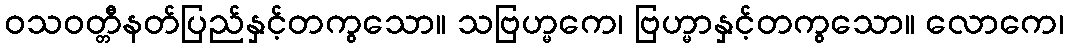
ဝသဝတ္တီနတ်ပြည်နှင့်တကွသော။ သဗြဟ္မကေ၊ ဗြဟ္မာနှင့်တကွသော။ လောကေ၊